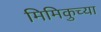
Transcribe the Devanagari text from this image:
मिमिकुच्या